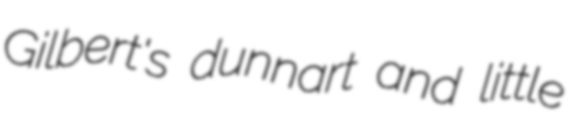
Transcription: Gilbert's dunnart and little